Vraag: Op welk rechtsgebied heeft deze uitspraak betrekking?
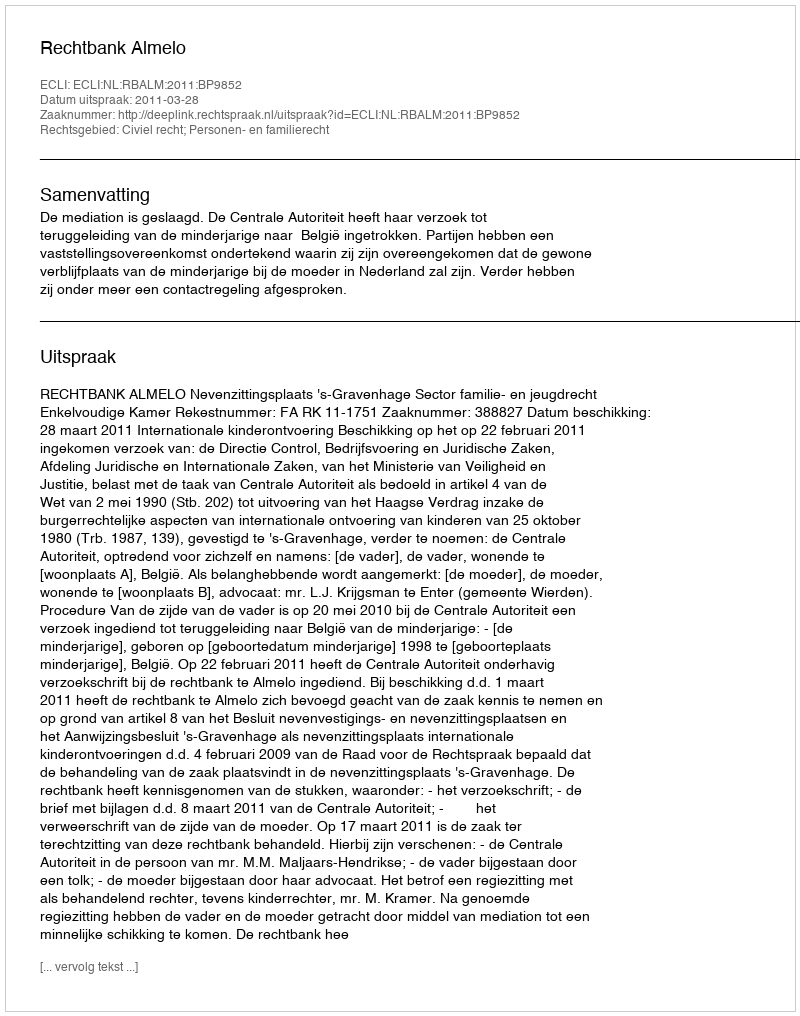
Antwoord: Civiel recht; Personen- en familierecht